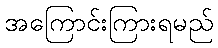
အကြောင်းကြားရမည်